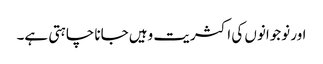
اور نوجوانوں کی اکثریت وہیں جانا چاہتی ہے۔